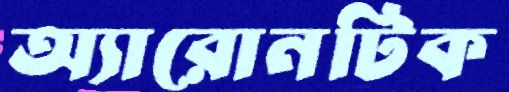
অ্যারোনটিক